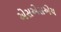
એસએસએચ